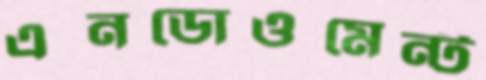
এনডোওমেন্ট